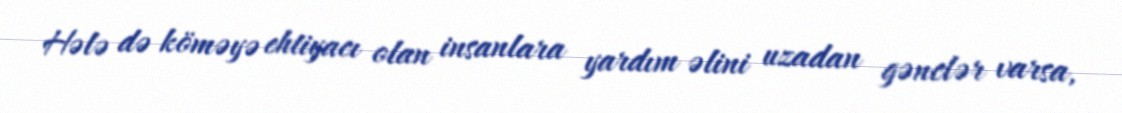
Hələ də köməyə ehtiyacı olan insanlara yardım əlini uzadan gənclər varsa,